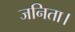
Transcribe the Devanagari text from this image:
जनिता।